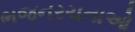
ભજનરચનાઓ